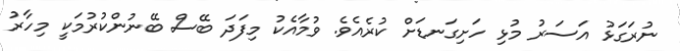
ނުރަގަޅު އަސަރު މުޅި ހަށިގަނޑަށް ކުރެއެވެ. ވުމާއެކު މިފަދަ ބޭސް ބޭނުންކުރުމަކީ މިހާރު